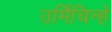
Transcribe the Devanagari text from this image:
उर्मिचिन्हे